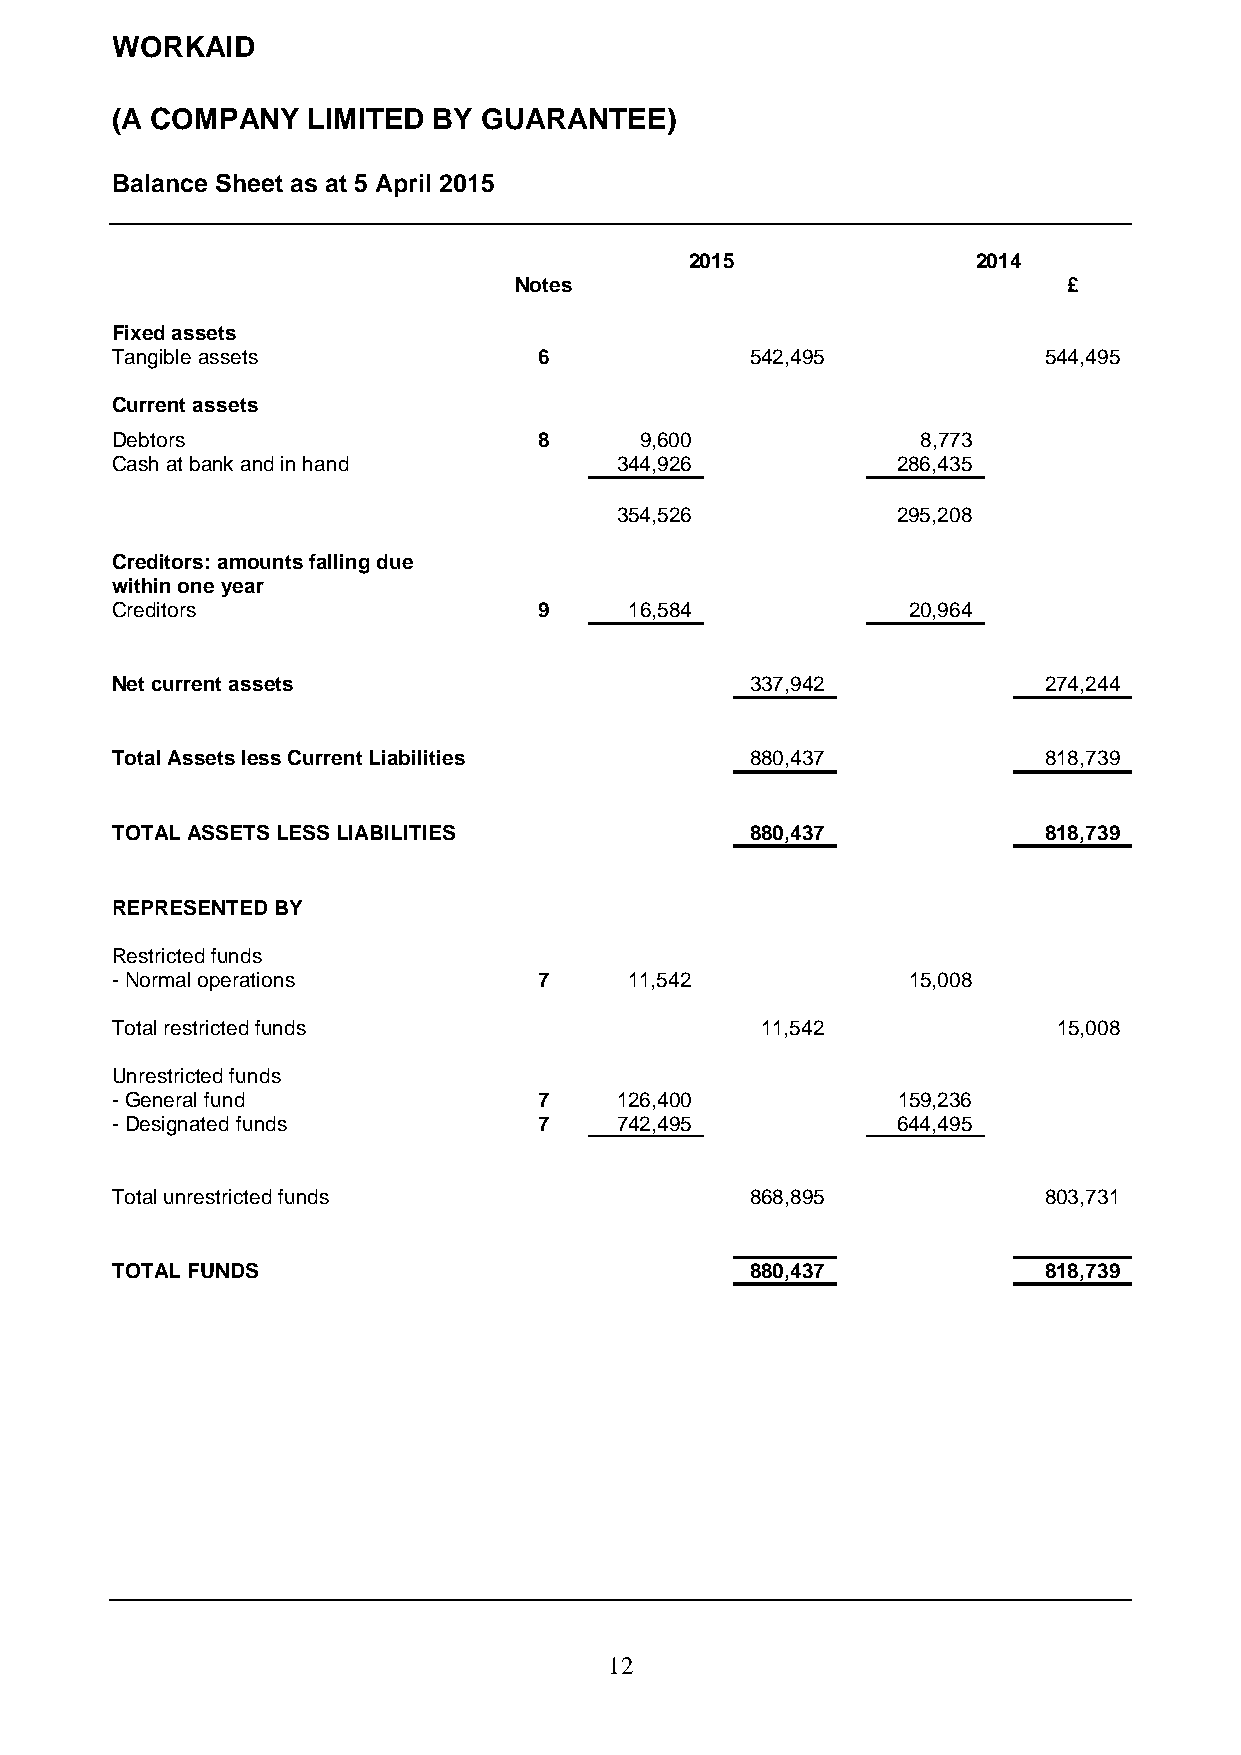
WORKAID
 (A COMPANY   LIMITED  BY GUARANTEE)
 Balance Sheet as at 5 April 2015
 2015               2014
 Notes                                £
 Fixed assets
 Tangible assets              6             542,495            544,495
 Current assets
 Debtors                      8     9,600              8,773
 Cash at bank and in hand          344,926           286,435
 354,526           295,208
 Creditors: amounts falling due
 within one year
 Creditors                    9     16,584            20,964
 Net current assets                         337,942            274,244
 Total Assets less Current Liabilities      880,437            818,739
 TOTAL ASSETS LESS LIABILITIES              880,437            818,739
 REPRESENTED BY
 Restricted funds
 - Normal operations          7     11,542            15,008
 Total restricted funds                     11,542              15,008
 Unrestricted funds
 - General fund               7    126,400           159,236
 - Designated funds           7    742,495           644,495
 Total unrestricted funds                   868,895            803,731
 TOTAL FUNDS                                880,437            818,739
 1 2